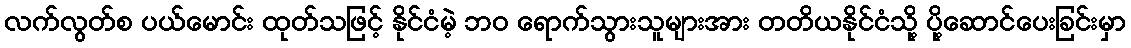
လက်လွတ်စ ပယ်မောင်း ထုတ်သဖြင့် နိုင်ငံမဲ့ ဘ၀ ရောက်သွားသူများအား တတိယနိုင်ငံသို့ ပို့ဆောင်ပေးခြင်းမှာ